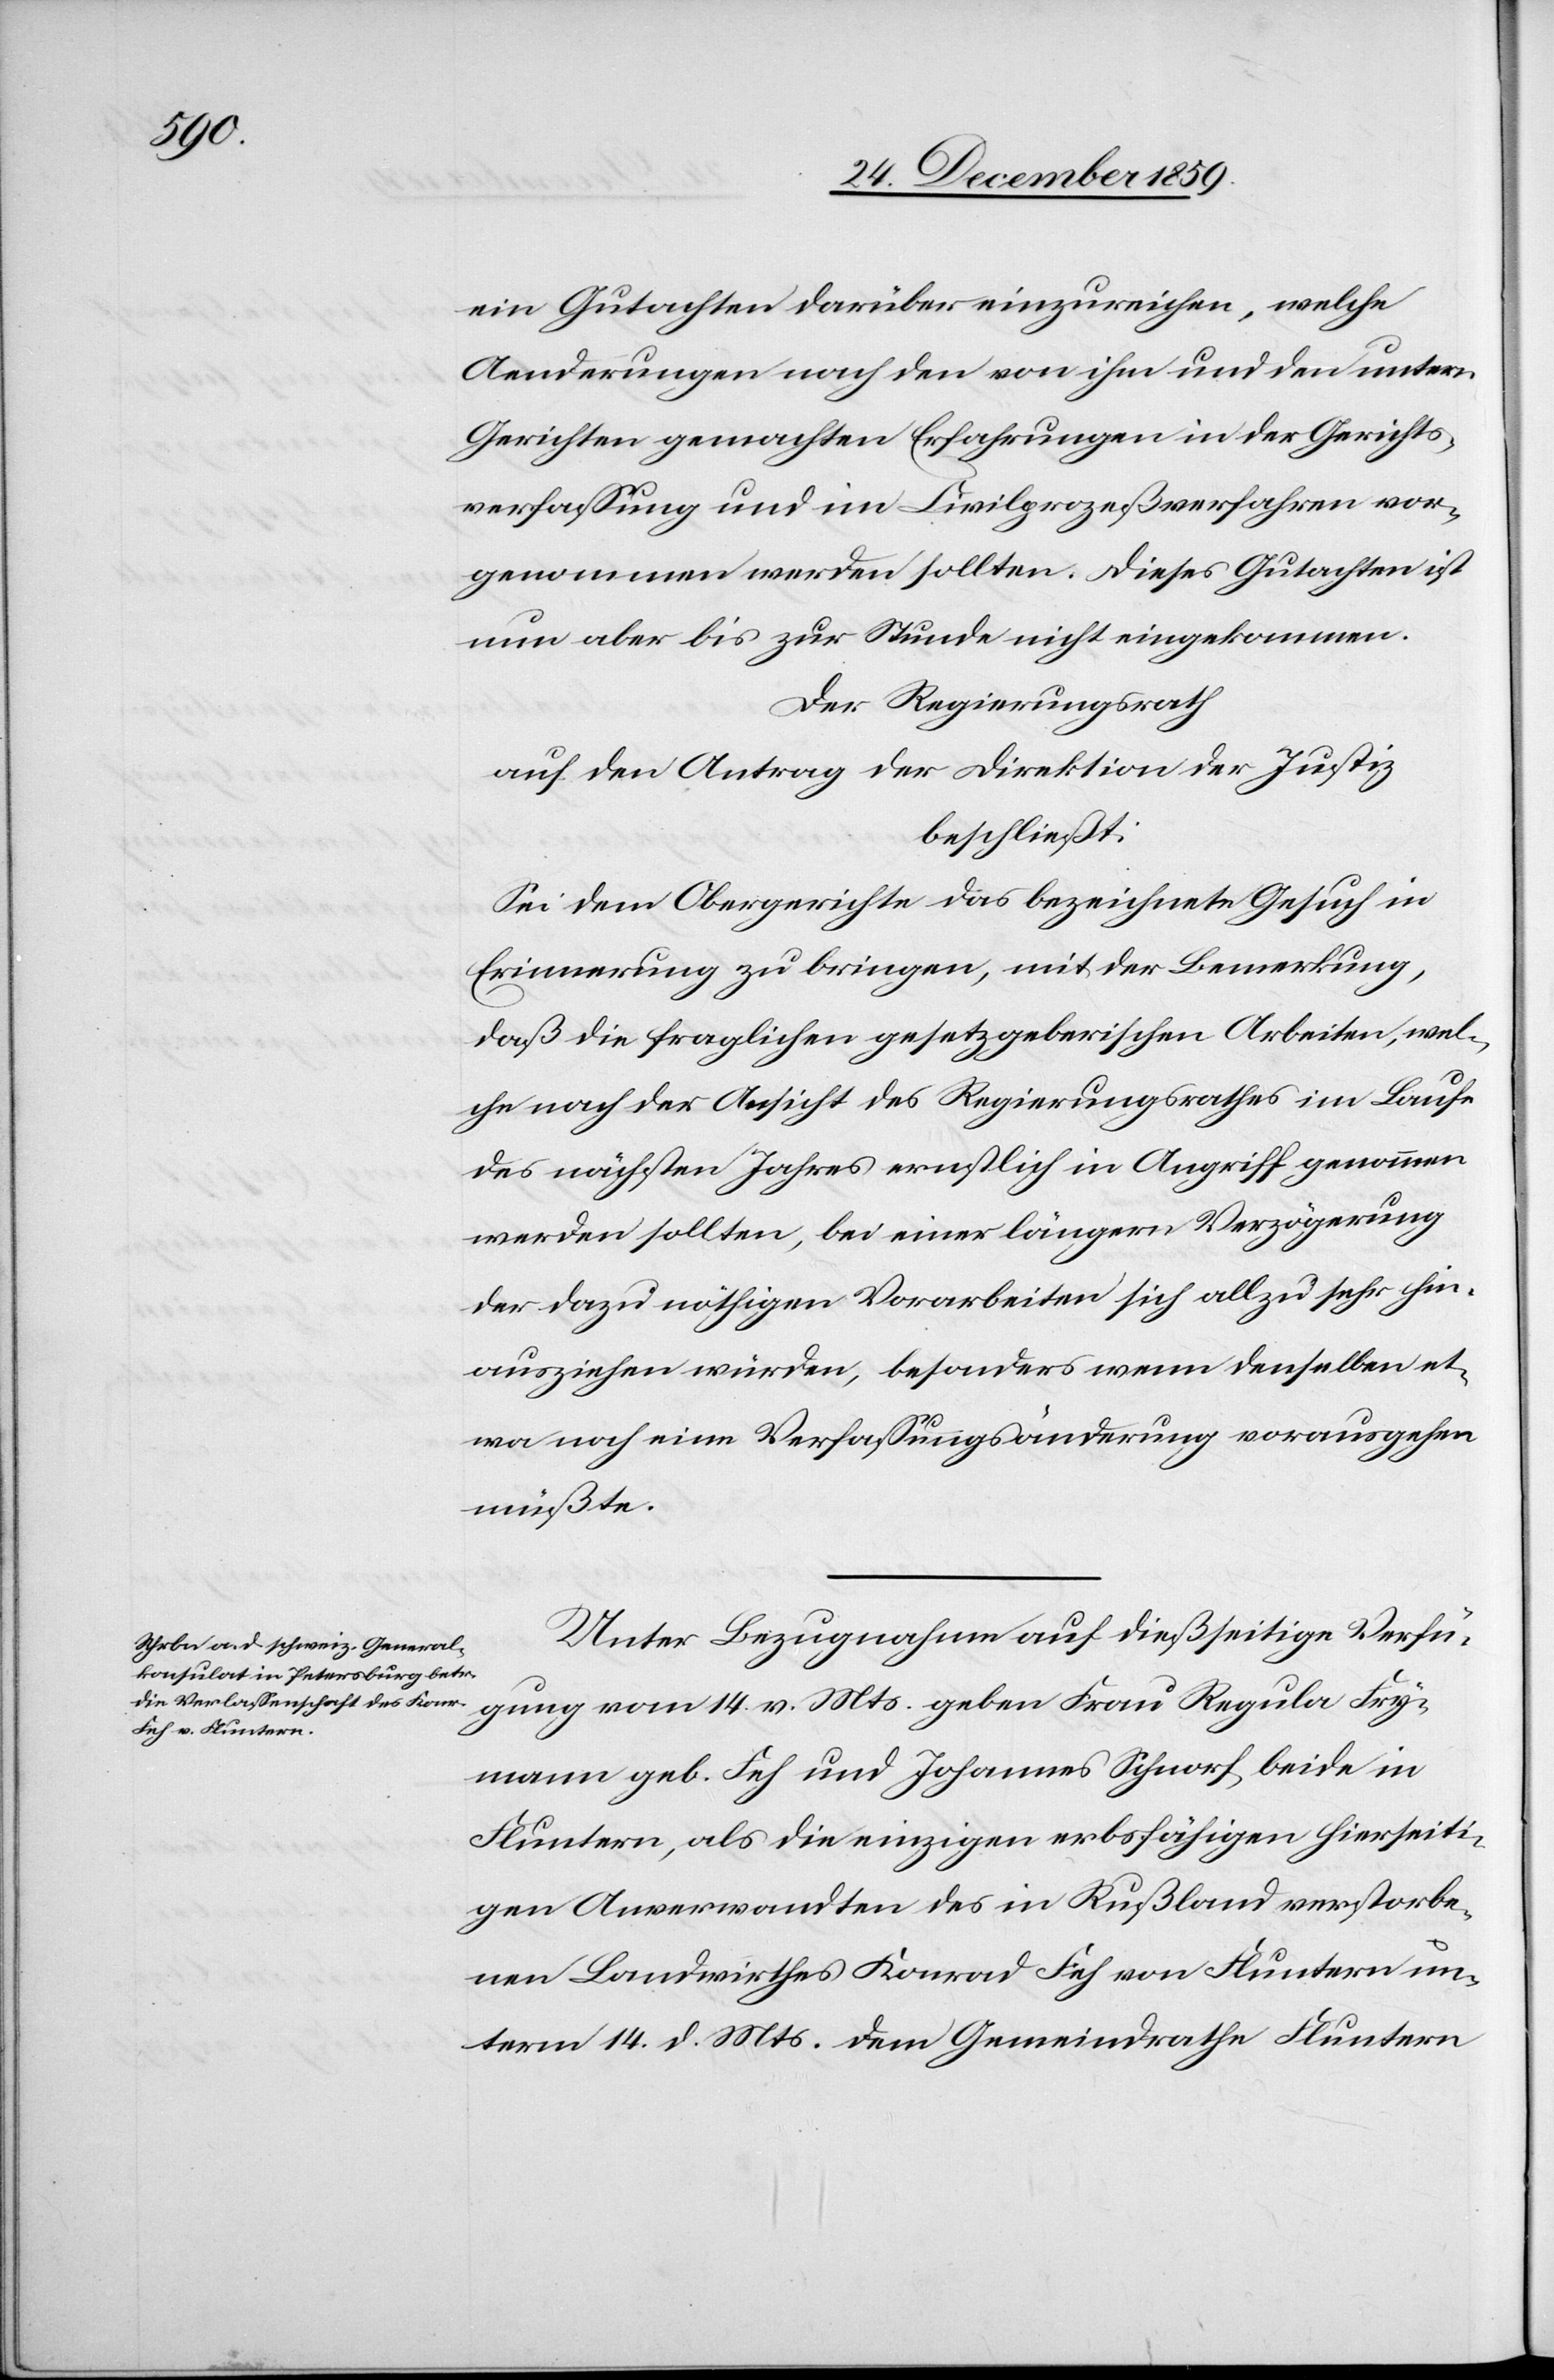
ein Gutachten darüber einzureichen, welche
Aenderungen nach den von ihm und den untern
Gerichten gemachten Erfahrungen in der Gerichts¬
verfassung und im Civilprozeßverfahren vor¬
genommen werden sollten. Dieses Gutachten ist
nun aber bis zur Stunde nicht eingekommen.
Der Regierungsrath
auf den Antrag der Direktion der Justiz
beschließt:
Sei dem Obergerichte das bezeichnete Gesuch in
Erinnerung zu bringen, mit der Bemerkung,
daß die fraglichen gesetzgeberischen Arbeiten, wel¬
che nach der Ansicht des Regierungsrathes im Laufe
des nächsten Jahres ernstlich in Angriff genommen
werden sollten, bei einer längern Verzögerung
der dazu nöthigen Vorarbeiten sich allzu sehr hin¬
ausziehen würden, besonders wenn denselben et¬
wa noch eine Verfassungsänderung vorausgehen
müßte.
Unter Bezugnahme auf dießseitige Verfü¬
gung vom 14. v. Mts. geben Frau Regula Fry¬
mann geb. Feh und Johannes Schnorf, beide in
Fluntern, als die einzigen erbsfähigen hierseiti¬
gen Anverwandten des in Rußland verstorbe¬
nen Landwirthes Konrad Feh von Fluntern un¬
term 14. d. Mts. dem Gemeindrathe Fluntern